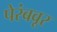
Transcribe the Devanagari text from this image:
पेरंबवूर